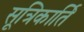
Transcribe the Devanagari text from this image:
सूत्रिकार्ति